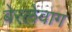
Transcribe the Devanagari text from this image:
बेरलेवाग